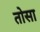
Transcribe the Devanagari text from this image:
तोसा